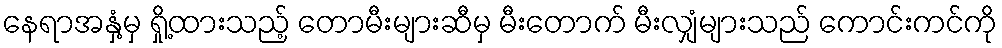
နေရာအနှံ့မှ ရှို့ထားသည့် တောမီးများဆီမှ မီးတောက် မီးလျှံများသည် ကောင်းကင်ကို